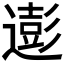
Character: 𮟊